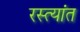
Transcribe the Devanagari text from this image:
रस्त्यांत